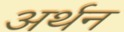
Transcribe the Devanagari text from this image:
अर्थन